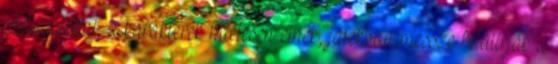
szituációkat, a karakterek hitelesen élnek, játékban messze felülírják a